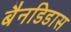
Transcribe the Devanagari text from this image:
बैनडिडास